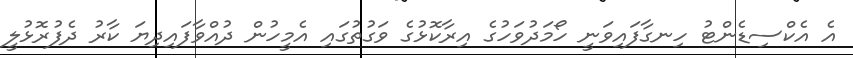
އެ އެކްސިޑެންޓު ހިނގާފައިވަނީ ހޯމަދުވަހުގެ އިރާކޮޅުގެ ވަގުތުގައި އެމީހުން ދުއްވާފައިދިޔަ ކާރު ދެފުރޮޅުލީ